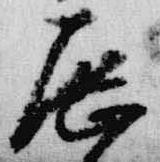
歴